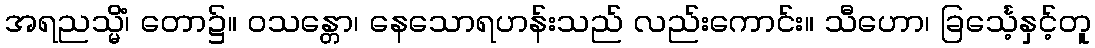
အရညသ္မိံ၊ တော၌။ ဝသန္တော၊ နေသောရဟန်းသည် လည်းကောင်း။ သီဟော၊ ခြင်္သေ့နှင့်တူ